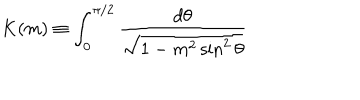
LaTeX: K ( m ) \equiv \int _ { 0 } ^ { \pi / 2 } \frac { d \theta } { \sqrt { 1 - m ^ { 2 } \sin ^ { 2 } { \theta } } } \,